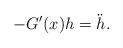
LaTeX: \begin{align*} -G'(x)h=\ddot h.\end{align*}